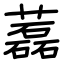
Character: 藞